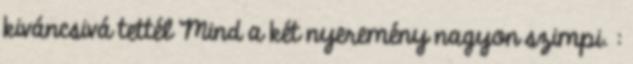
kiváncsivá tettél Mind a két nyeremény nagyon szimpi. :